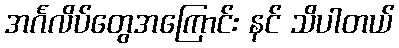
အင်္ဂလိပ်တွေအကြောင်း နင် သိပါတယ်